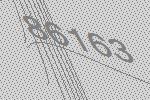
86163